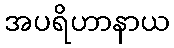
အပရိဟာနာယ